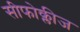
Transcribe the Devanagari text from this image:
सीफोक्लीज